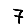
Digit: 7